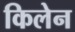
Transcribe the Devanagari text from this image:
किलेन